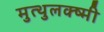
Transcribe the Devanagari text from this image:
मुत्थुलक्ष्मी